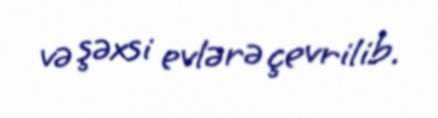
və şəxsi evlərə çevrilib.